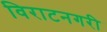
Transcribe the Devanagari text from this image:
विराटनगरी